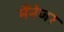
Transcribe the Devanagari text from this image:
मैंनेजर